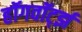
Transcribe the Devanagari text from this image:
हॉगवॉर्ट्झ